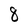
Character: 8